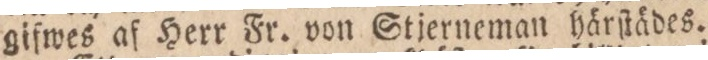
gifwes af Herr Fr. von Stjerneman härſtädes.